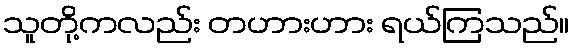
သူတို့ကလည်း တဟားဟား ရယ်ကြသည်။